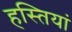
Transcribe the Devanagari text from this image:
हस्‍तियां